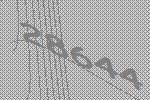
28644